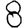
Digit: 8